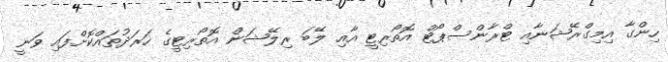
ހިންގާ އިމިގްރޭޝަނާއި ޓްރާންސްޕޯޓް އޮތޯރިޓީ އާއި ލޭބަ ރިލޭޝަން އޮތޯރިޓީގެ ހަރަދުތައްކޮށްފައި ވަނީ